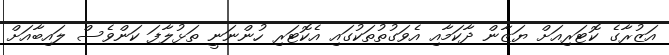
އަޒުރާގެ ކޮޓަރިއަށް ޔަޒާން ދާކަމާއި އެވަގުތުތަކުގައި އެކޮޓަރި ހުންނަނީ ތަޅުލާފަ ކަންވެސް ލައިބާއަށް